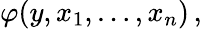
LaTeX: \varphi(y,x_{1},\ldots,x_{n})\, ,